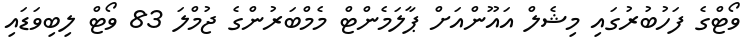
ވޯޓްގެ ފަހުބުރުގައި މިޝެލް އައޫންއަށް ޕާލަމެންޓް މެމްބަރުންގެ ޖުމްލަ 83 ވޯޓް ލިބިވަޑައި